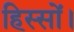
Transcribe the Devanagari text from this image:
हिस्सों।